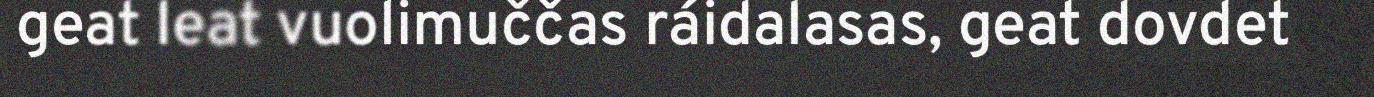
geat leat vuolimuččas ráidalasas, geat dovdet